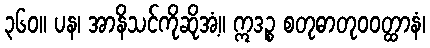
၃၆၀။ ပန၊ အာနိသင်ကိုဆိုအံ့။ ဣဒဉ္စ စတုဓာတုဝဝတ္ထာနံ၊